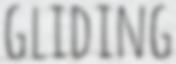
GLIDING